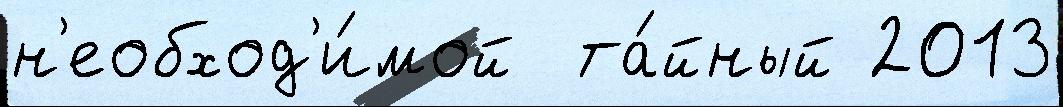
н'еобход'и́мой  та́йный 2013